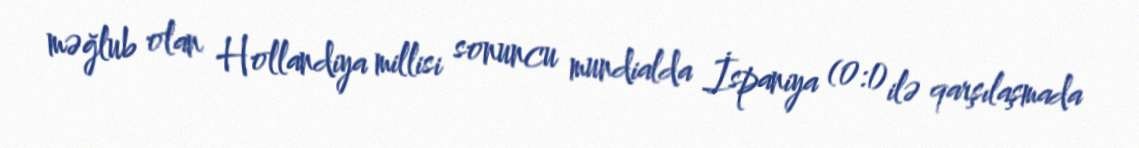
məğlub olan Hollandiya millisi sonuncu mundialda İspaniya (0:1) ilə qarşılaşmada